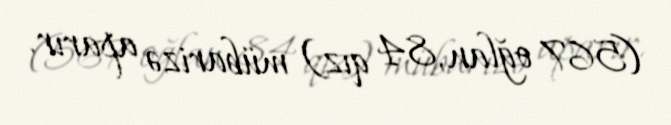
(567 oğlan, 84 qız) mübarizə aparır.